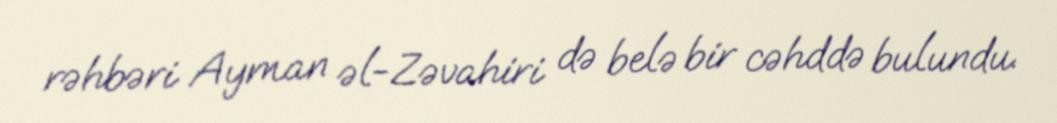
rəhbəri Ayman əl-Zəvahiri də belə bir cəhddə bulundu.